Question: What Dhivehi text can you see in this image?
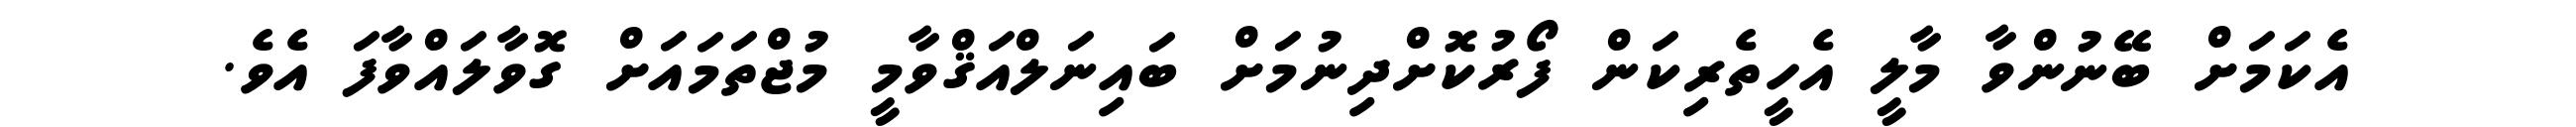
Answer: އެކަމަށް ބޭނުންވާ މާލީ އެހީތެރިކަން ފޯރުކޮށްދިނުމަށް ބައިނަލްއަޤްވާމީ މުޖްތަމައަށް ގޮވާލައްވާފަ އެވެ.